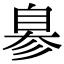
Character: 𦤒